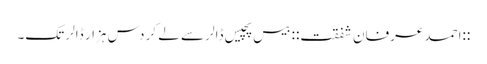
::احمد عرفان شفقت:: بیس پچیس ڈالر سے لے کر دس ہزار ڈالر تک۔